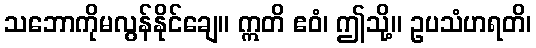
သဘောကိုမလွန်နိုင်ချေ။ ဣတိ ဧဝံ၊ ဤသို့။ ဥပသံဟရတိ၊